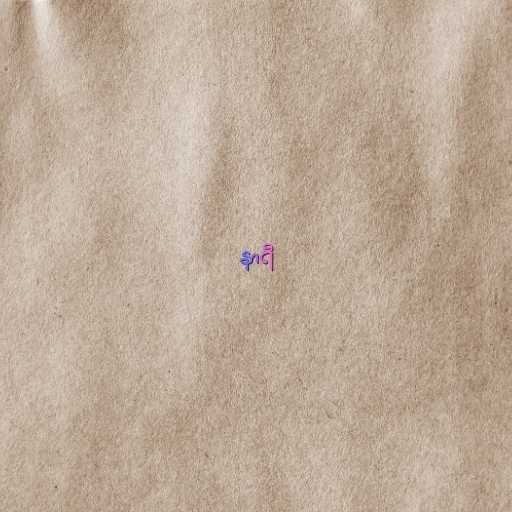
နာရီ